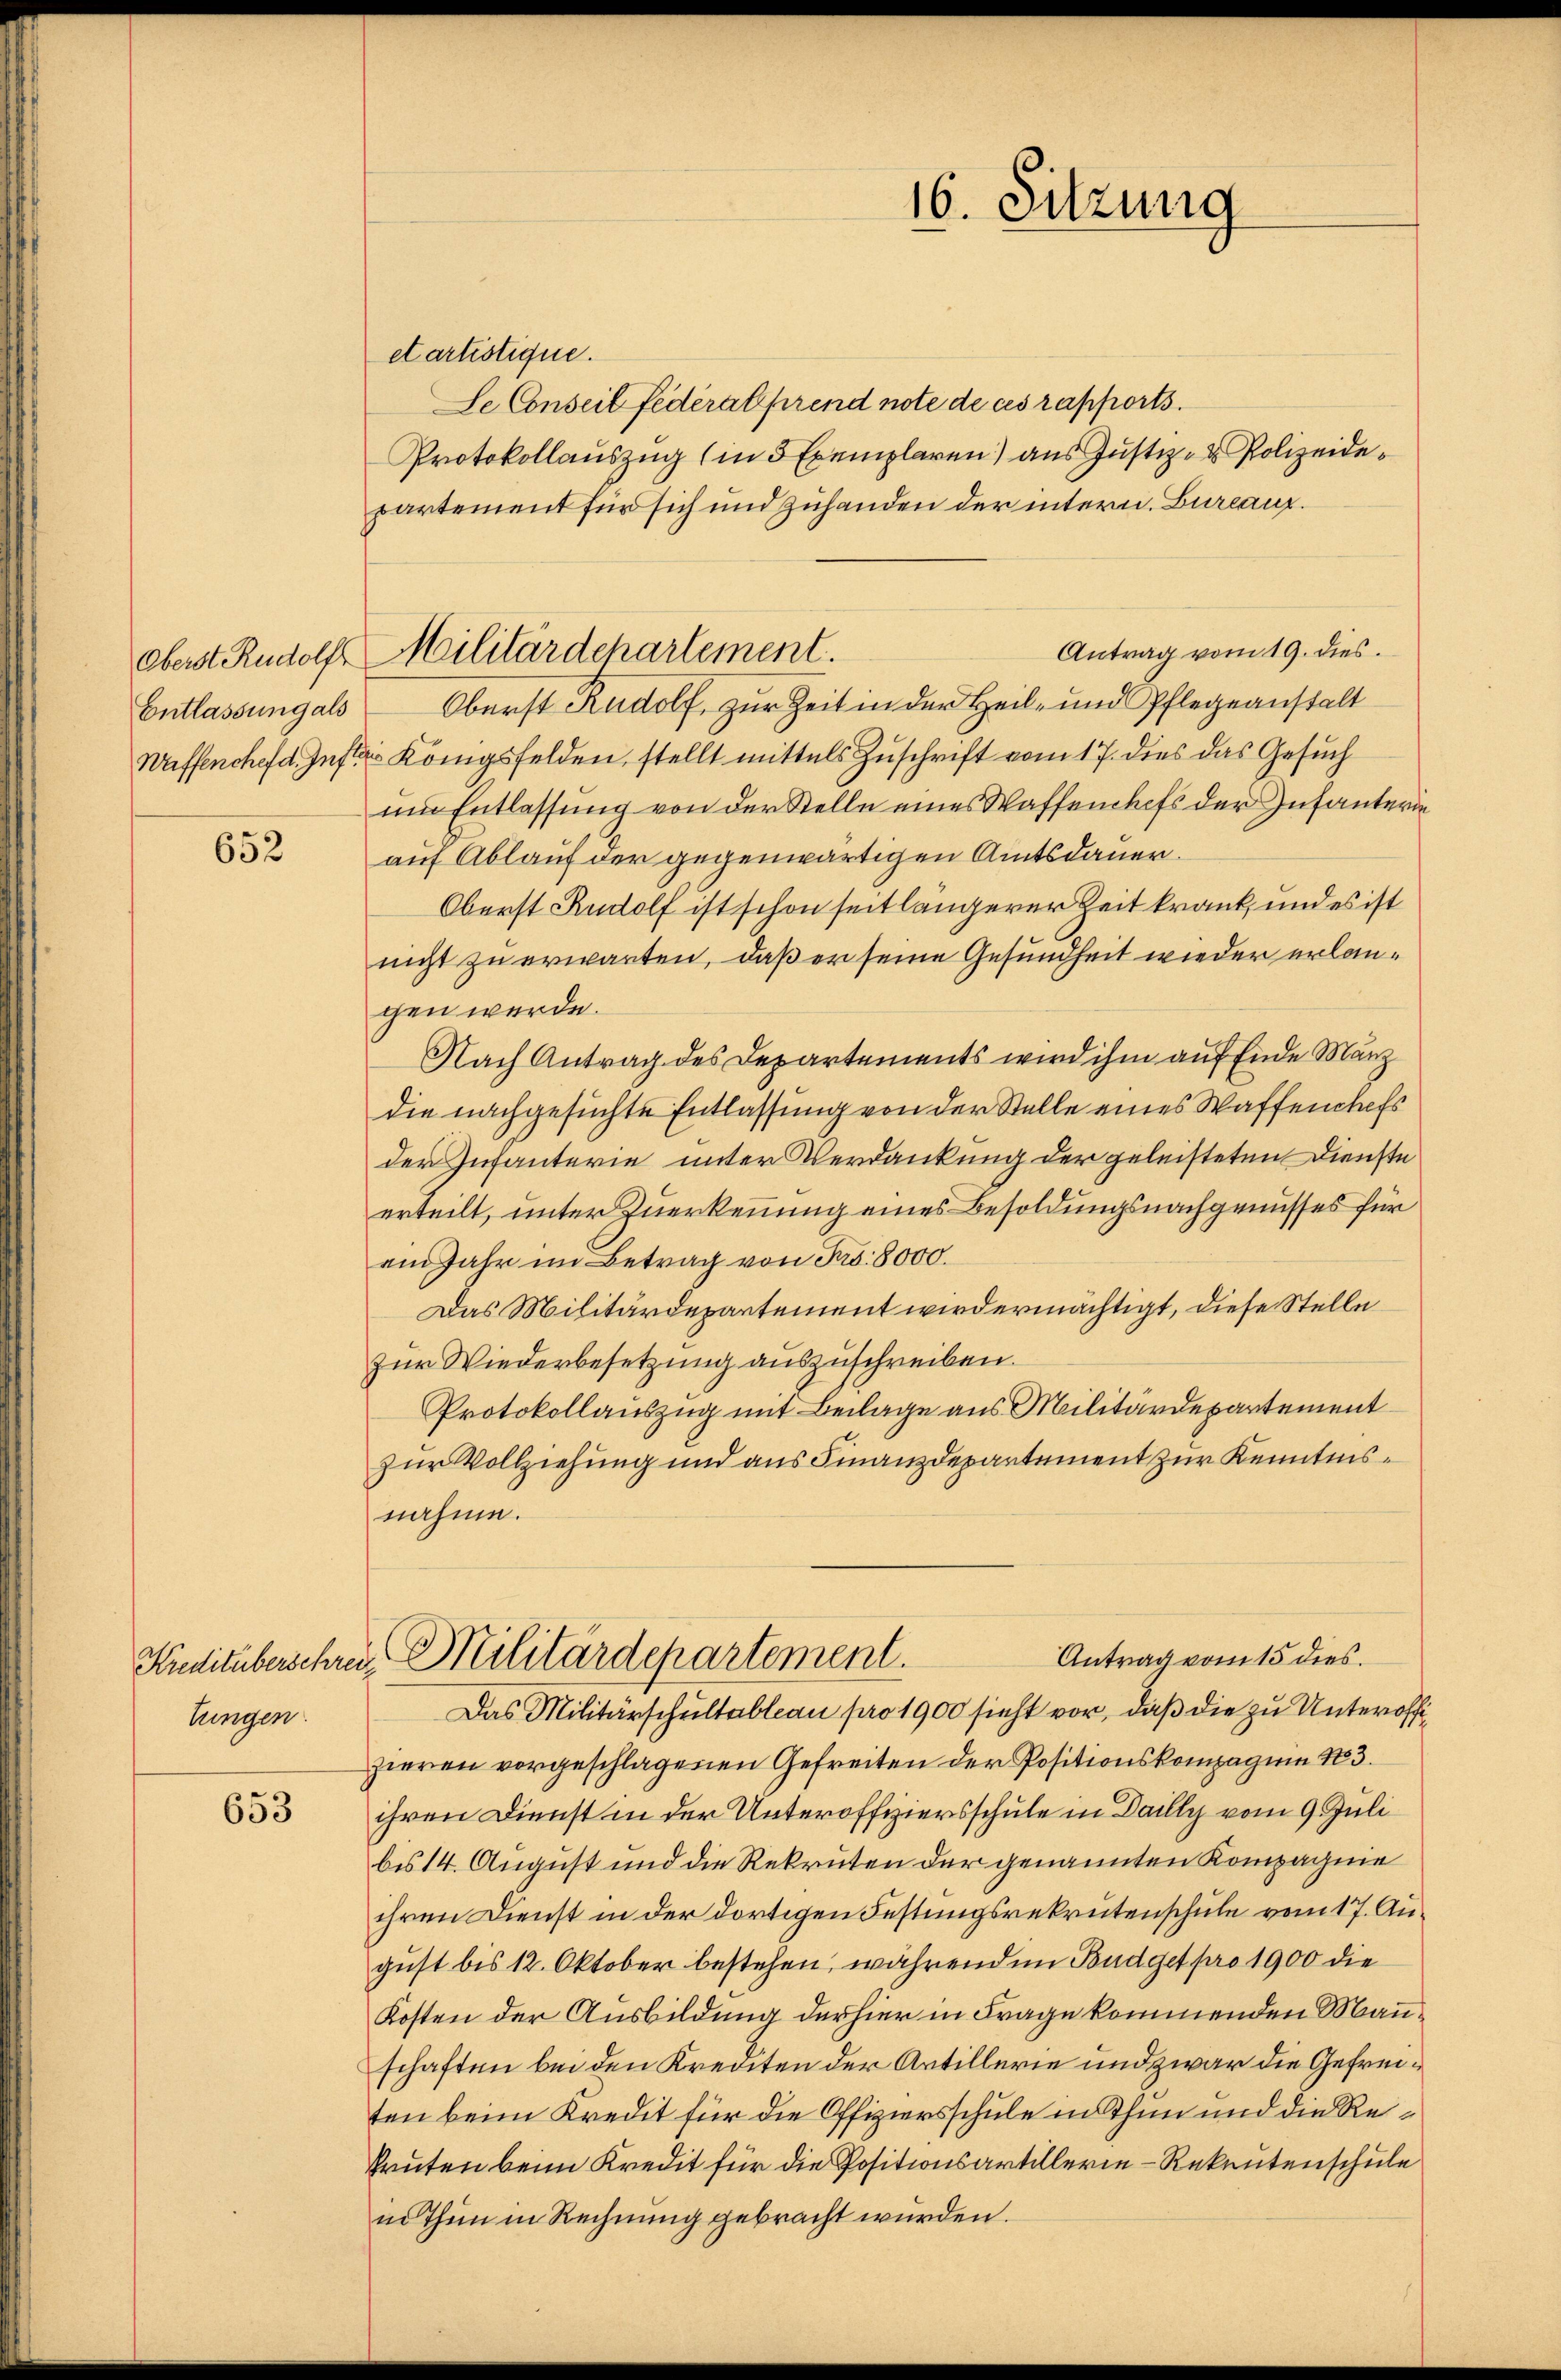
Entlassung als

652

Kreditüberschrei
lungen.

653

etartistique.
Se Conseil Federalprend note de ces rapports.
Protokollauszug (in 5 Exemplaren) aus Justiz- & Polizeidepartement für sich und zuhanden der intern. Bureaux.
Antrag vom 19. dies
Oberst Rudolf, zur Zeit in der Heil- und Pflegeanstalt
Waffenchef d. Instr. Königsfelden, stellt mittels Zuschrift vom 17. dies das Gesuch
um Entlassung von der Stelle eines Waffenhofs der Infanterin
auf Ablauf der gegenwärtigen Amtsdauer.
Oberst Rudolf ist schon seit längerer Zeit krank, und es ist
nicht zu erwarten, daß er seine Gesundheit wieder erlangen wurde.
Nach Antrag des Departements wird ihm auf Ende März
die nachgesuchte Entlassung von der Stelle eines Waffenchefs
der Infanterie unter Verdankung der geleisteten Dienste
erteilt, unter Zuerkennung eines Besoldungsnachgenusses für
ein Jahr im Betrag von Fr. 8000.
Das Militärdepartement wird ermächtigt, diese Stelle
zur Wiederbesetzung auszuschreiben.
Protokollauszug mit Beilage aus Militärdepartement
zur Vollziehung und aus Finanzdepartement zur Kenntnisnahme.
Antrag vom 15 dies.
u Militärdepartement.
Das Militärschultableau pro 1900 sieht vor, daß die zu Unteroffizieren vorgeschlagenen Gefreiten der Positionskompagnie 183.
ihren Dienst in der Unteroffiziersschule in Dailly vom 9. Juli
bis 14. August und die Rekruten der genannten Kompagnie
ihren Dienst in der dortigen Festungsrekrutenschule vom 17. August bis 12. Oktober bestehen, währenden Budget pro 1900 die
Kosten der Ausbildung der hier in Frage kommenden Manschaften bei den Krediten der Artillerie und zwar die Gefreiten beim Kredit für die Offiziersschule in Thun und die Re¬
Grüten beim Kredit für die Positionsartillerie-Rekrutenschule
in Thun in Rechnung gebracht wurden.

oberst Rudolf Militärdepartement.

16. Sitzung